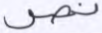
نص